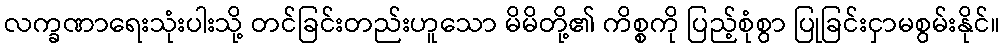
လက္ခဏာရေးသုံးပါးသို့ တင်ခြင်းတည်းဟူသော မိမိတို့၏ ကိစ္စကို ပြည့်စုံစွာ ပြုခြင်းငှာမစွမ်းနိုင်။